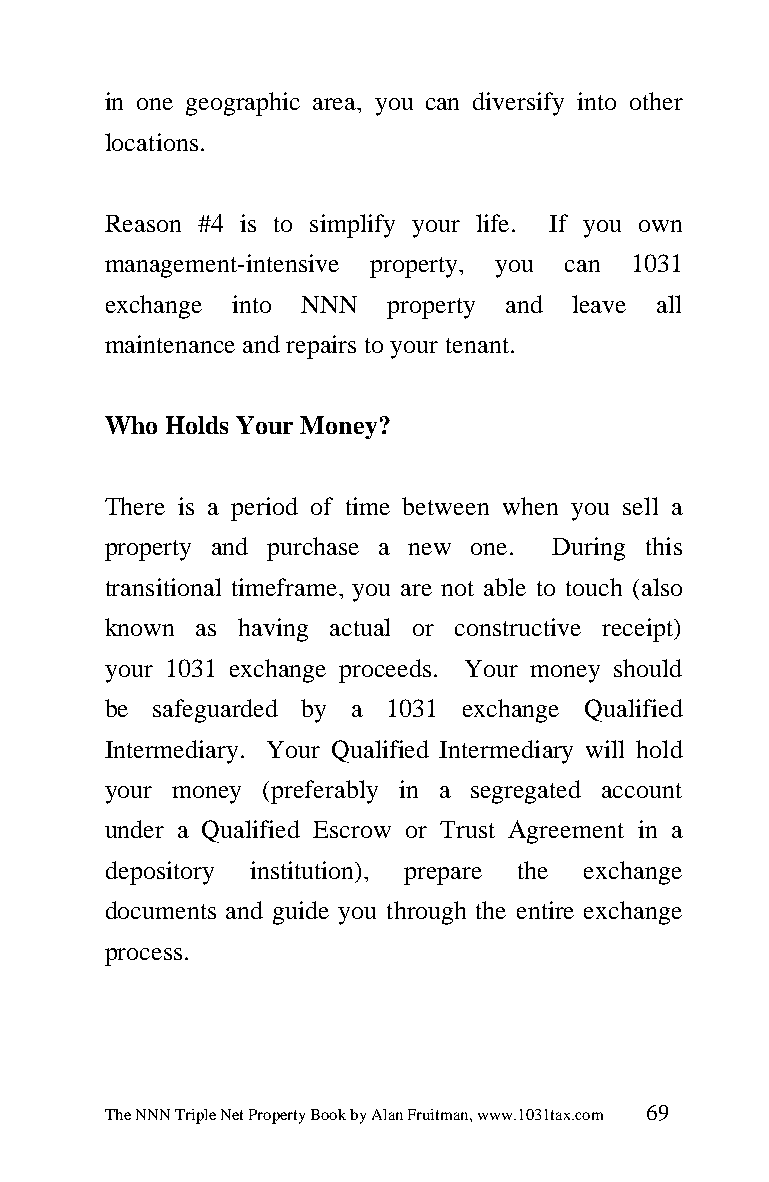
in one geographic area, you can diversify into other
 locations.
 Reason #4 is to simplify your life. If you own
 management-intensive property, you can 1031
 exchange into NNN  property and leave all
 maintenance and repairs to your tenant.
 Who Holds Your Money?
 There is a period of time between when you sell a
 property and purchase a new one. During this
 transitional timeframe, you are not able to touch (also
 known as having actual or constructive receipt)
 your 1031 exchange proceeds. Your money should
 be safeguarded by a 1031 exchange Qualified
 Intermediary. Your Qualified Intermediary will hold
 your money (preferably in a segregated account
 under a Qualified Escrow or Trust Agreement in a
 depository institution), prepare the exchange
 documents and guide you through the entire exchange
 process.
 The NNN Triple Net Property Book by Alan Fruitman, www.1031tax.com 69